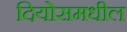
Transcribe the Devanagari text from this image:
दियोसमधील